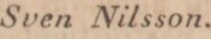
Sven Nilsson.